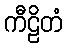
ကီဠိတံ